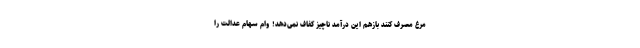
مرغ مصرف کنند بازهم این درآمد ناچیز کفاف نمی‌دهد! وام سهام عدالت را